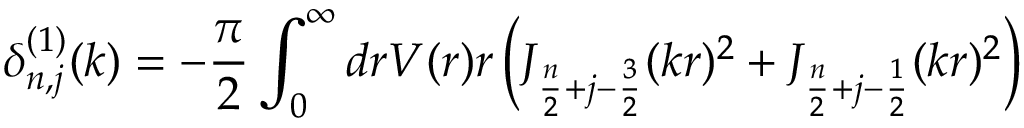
\delta _ { n , j } ^ { ( 1 ) } ( k ) = - \frac { \pi } { 2 } \int _ { 0 } ^ { \infty } d r V ( r ) r \left( J _ { \frac { n } { 2 } + j - \frac { 3 } { 2 } } ( k r ) ^ { 2 } + J _ { \frac { n } { 2 } + j - \frac { 1 } { 2 } } ( k r ) ^ { 2 } \right)